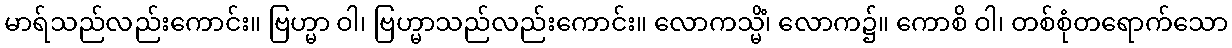
မာရ်သည်လည်းကောင်း။ ဗြဟ္မာ ဝါ၊ ဗြဟ္မာသည်လည်းကောင်း။ လောကသ္မိံ၊ လောက၌။ ကောစိ ဝါ၊ တစ်စုံတရောက်သော